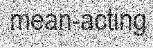
mean-acting